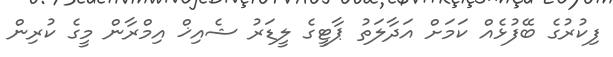
ފިކުރުގެ ބޭފުޅެއް ކަމަށް އަދާލަތު ޕާޓީގެ ލީޑަރު ޝެއިޚް އިމްރާން މީގެ ކުރިން